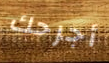
أجرحك